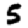
Digit: 5